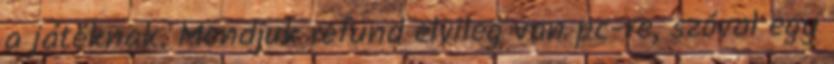
a játéknak. Mondjuk refund elvileg van pc-re, szóval egy